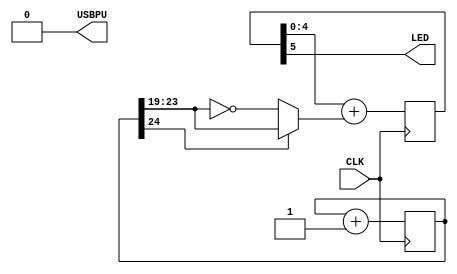
// look in pins.pcf for all the pin names on the TinyFPGA BX board
module top (
    input wire CLK,    // 16MHz clock
    output wire LED,   // User/boot LED next to power LED
    output wire USBPU  // USB pull-up resistor
);
    parameter DURATION = 24;//7
    parameter PWM_LENGTH = 4;

    // drive USB pull-up resistor to '0' to disable USB
    assign USBPU = 0;

    // keep track of time
    reg [DURATION:0] blink_counter = 0;

    // increment the blink_counter every clock
    always @(posedge CLK) begin
        blink_counter <= blink_counter + 1;
    end

    wire [PWM_LENGTH:0] PWM_input = blink_counter[DURATION] ? blink_counter[DURATION - 1:DURATION - 1 - PWM_LENGTH] : ~blink_counter[DURATION - 1:DURATION - 1 - PWM_LENGTH];

    reg [PWM_LENGTH + 1:0] PWM = 0;
    always @(posedge CLK) begin
      PWM <= PWM[PWM_LENGTH:0]+PWM_input;
    end

    // light up the LED according to the pattern
    //assign LED = blink_counter[DURATION];
    assign LED = PWM[PWM_LENGTH + 1];
endmodule